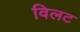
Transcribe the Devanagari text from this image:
विलट